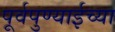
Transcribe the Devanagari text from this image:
पूर्वपुण्याईच्या